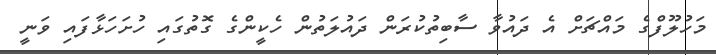
މަހުލޫފްގެ މައްޗަށް އެ ދައުވާ ސާބިތުކުރަން ދައުލަތުން ހެކީންގެ ގޮތުގައި ހުށަހަޅާފައި ވަނީ